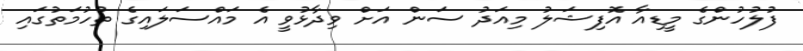
ފުލުހުންގެ މީޑިއާ އޮފިޝަލު މިއަދު ސަން އަށް ވިދާޅުވީ އެ މައްސަލައިގެ ތުހުމަތުގައި